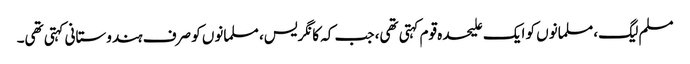
مسلم لیگ، مسلمانوں کو ایک علیحدہ قوم کہتی تھی، جب کہ کانگریس، مسلمانوں کو صرف ہندوستانی کہتی تھی۔